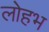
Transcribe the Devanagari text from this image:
लोहभ